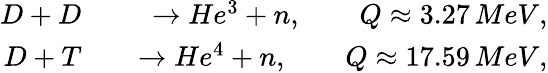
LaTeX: \begin{array}{rlr}{D+D}&{{}}&{\rightarrow He^{3}+n,\qquad Q\approx 3.27\, MeV,}\\ {D+T}&{{}}&{\rightarrow He^{4}+n,\qquad Q\approx 17.59\, MeV,}\end{array}